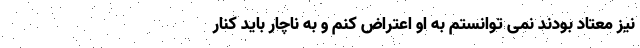
نیز معتاد بودند نمی توانستم به او اعتراض کنم و به ناچار باید کنار